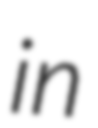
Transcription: in